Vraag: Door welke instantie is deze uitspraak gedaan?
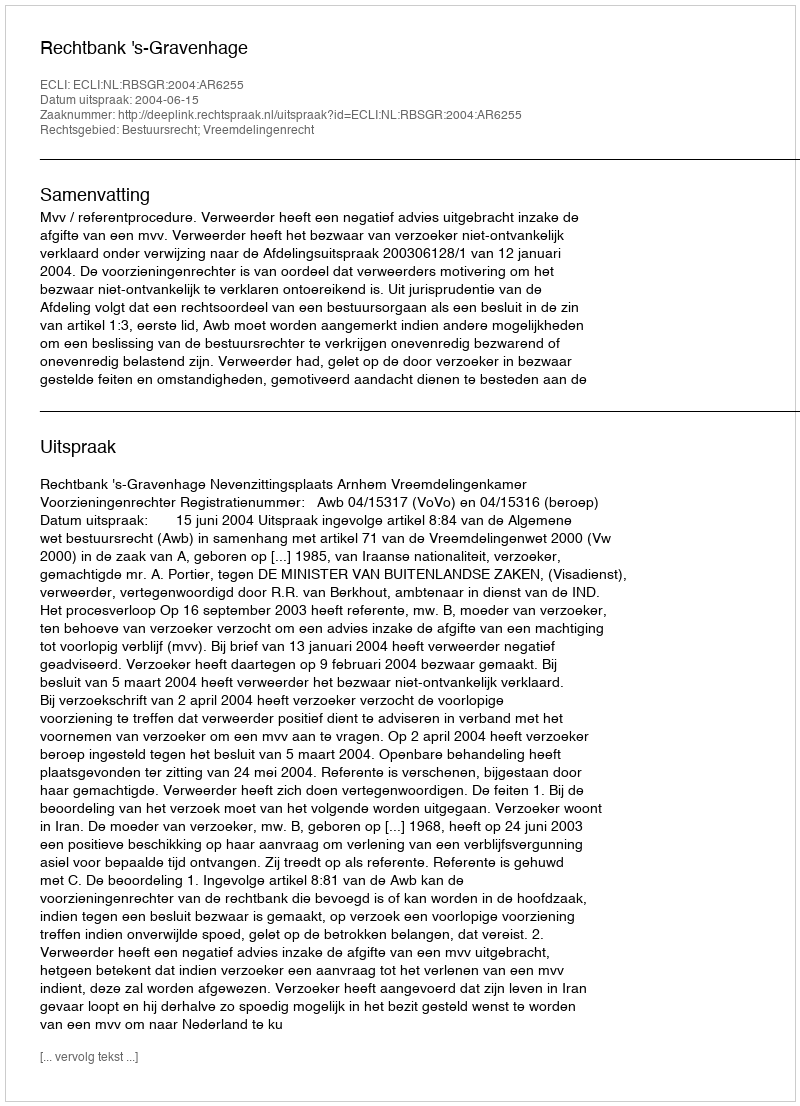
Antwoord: Rechtbank 's-Gravenhage